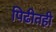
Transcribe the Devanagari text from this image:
पिढीतही